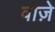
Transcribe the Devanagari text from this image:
वाज़े